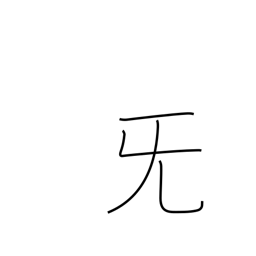
Meaning: sob